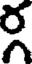
ర